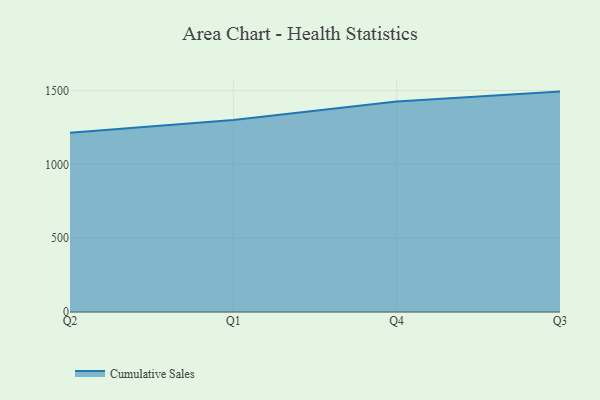
{"axis": {"x": "Quarter", "y": "LTV (USD)"}, "legend": ["Cumulative Sales"], "data": [{"x": "Q2", "y": 1212.9, "type": "Cumulative Sales"}, {"x": "Q1", "y": 1300.5, "type": "Cumulative Sales"}, {"x": "Q4", "y": 1424.7, "type": "Cumulative Sales"}, {"x": "Q3", "y": 1492.3, "type": "Cumulative Sales"}]}